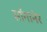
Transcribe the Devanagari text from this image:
साँगानेर